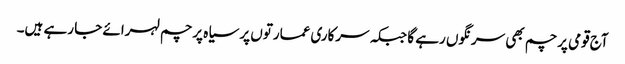
آج قومی پرچم بھی سرنگوں رہے گا جبکہ سرکاری عمارتوں پر سیاہ پرچم لہرائے جا رہے ہیں۔